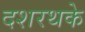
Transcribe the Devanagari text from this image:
दशरथके